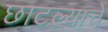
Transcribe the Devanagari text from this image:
छाटल्याचे